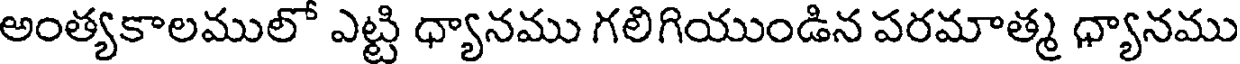
అంత్యకాలములో ఎట్టి ధ్యానము గలిగియుండిన పరమాత్మ ధ్యానము